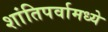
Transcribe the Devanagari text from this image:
शांतिपर्वामध्ये